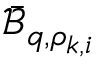
\bar { \mathcal { B } } _ { q , \rho _ { k , i } }